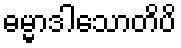
ဓမ္မာဒါသောတိပိ